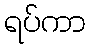
ရပ်ကာ